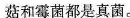
菇和霉菌都是真菌。